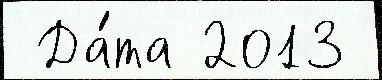
 Да́та 2013